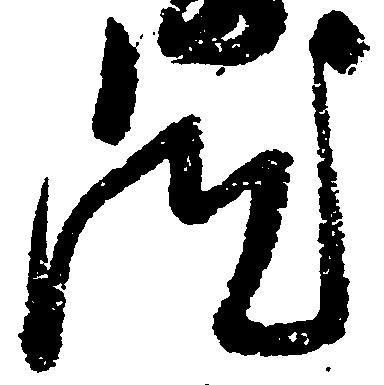
汰